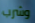
وشرب